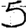
Digit: 5